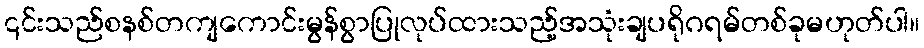
၎င်းသည်စနစ်တကျကောင်းမွန်စွာပြုလုပ်ထားသည့်အသုံးချပရိုဂရမ်တစ်ခုမဟုတ်ပါ။